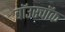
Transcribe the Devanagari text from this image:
बॉउरचॉक